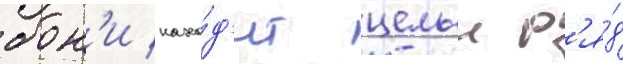
бон'и нахо́д'ит целыи р'я́д